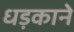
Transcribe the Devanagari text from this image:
धड़काने